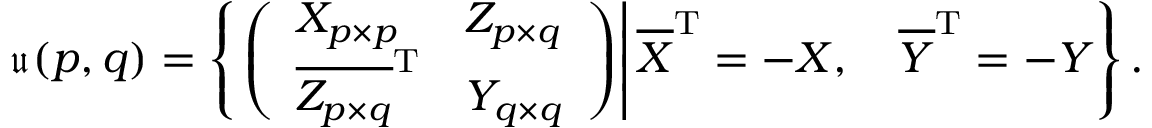
{ \mathfrak { u } } ( p , q ) = \left\{ \left. \left( { \begin{array} { l l } { X _ { p \times p } } & { Z _ { p \times q } } \\ { { \overline { { Z _ { p \times q } } } } ^ { \mathrm { T } } } & { Y _ { q \times q } } \end{array} } \right) \right| { \overline { { X } } } ^ { \mathrm { T } } = - X , \quad { \overline { { Y } } } ^ { \mathrm { T } } = - Y \right\} .